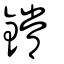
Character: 鏛